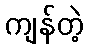
ကျန်တဲ့